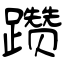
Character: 躜